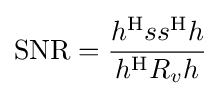
\mathrm {SNR} ={\frac {h^{\mathrm {H} }ss^{\mathrm {H} }h}{h^{\mathrm {H} }R_{v}h}}